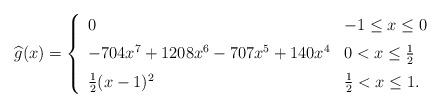
LaTeX: \begin{align*}\widehat{g}(x)=\left\{\begin{array}[c]{ll}0 & -1\leq x\leq0\medskip\\-704x^{7}+1208x^{6}-707x^{5}+140x^{4} & 0<x\leq\frac{1}{2}\medskip\\\frac{1}{2}(x-1)^{2} & \frac{1}{2}<x\leq1.\end{array}\right.\end{align*}